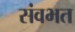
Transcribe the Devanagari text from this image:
संवभत